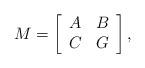
LaTeX: \begin{align*} M = \left [ \begin{array}{cc} A & B \\ C & G \end{array} \right ], \end{align*}